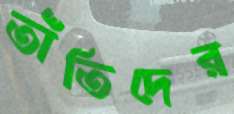
তাঁতিদের